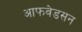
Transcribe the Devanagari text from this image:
आफवेडसन